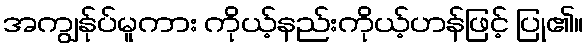
အကျွန်ုပ်မူကား ကိုယ့်နည်းကိုယ့်ဟန်ဖြင့် ပြု၏။